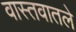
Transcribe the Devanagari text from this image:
वास्तवातले